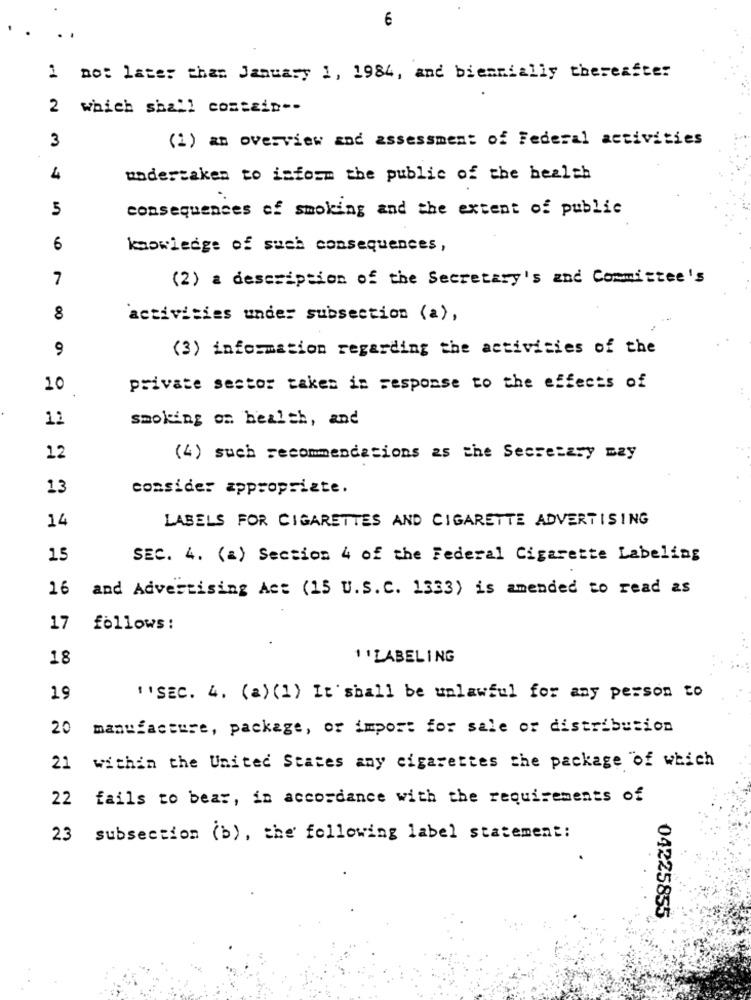
€
1 no: later than January 1, 1984, and biennially thereafter
2
which shall contain --
3
(1) an overview and assessment of Federal activities
4
undertaken to inform the public of the health
5
consequences of smoking and the extent of public
6
knowledge of such consequences,
7
(2) a description of the Secretary's and Committee's
8
activities under subsection (a) ,
9
(3) information regarding the activities of the
10
private sector taken in response to the effects of
12
smoking on health, and
12
(4) such recommendations as the Secretary may
13
consider appropriate.
14
LABELS FOR CIGARETTES AND CIGARETTE ADVERTISING
15
SEC. 4. (a) Section 4 of the Federal Cigarette Labeling
16 and Advertising Act (15 U.S.C. 1333) is amended to read as
17 follows:
18
1 ' LABELING
19
"SEC. 4. (a) (1) It shall be unlawful for any person to
20
manufacture, package, or import for sale or distribution
21 within the United States any cigarettes the package "of which
22 fails to bear, in accordance with the requirements of
23 subsection (b), the following label statement:
04225855